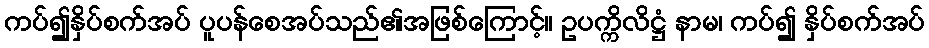
ကပ်၍နှိပ်စက်အပ် ပူပန်စေအပ်သည်၏အဖြစ်ကြောင့်။ ဥပက္ကိလိဋ္ဌံ နာမ၊ ကပ်၍ နှိပ်စက်အပ်